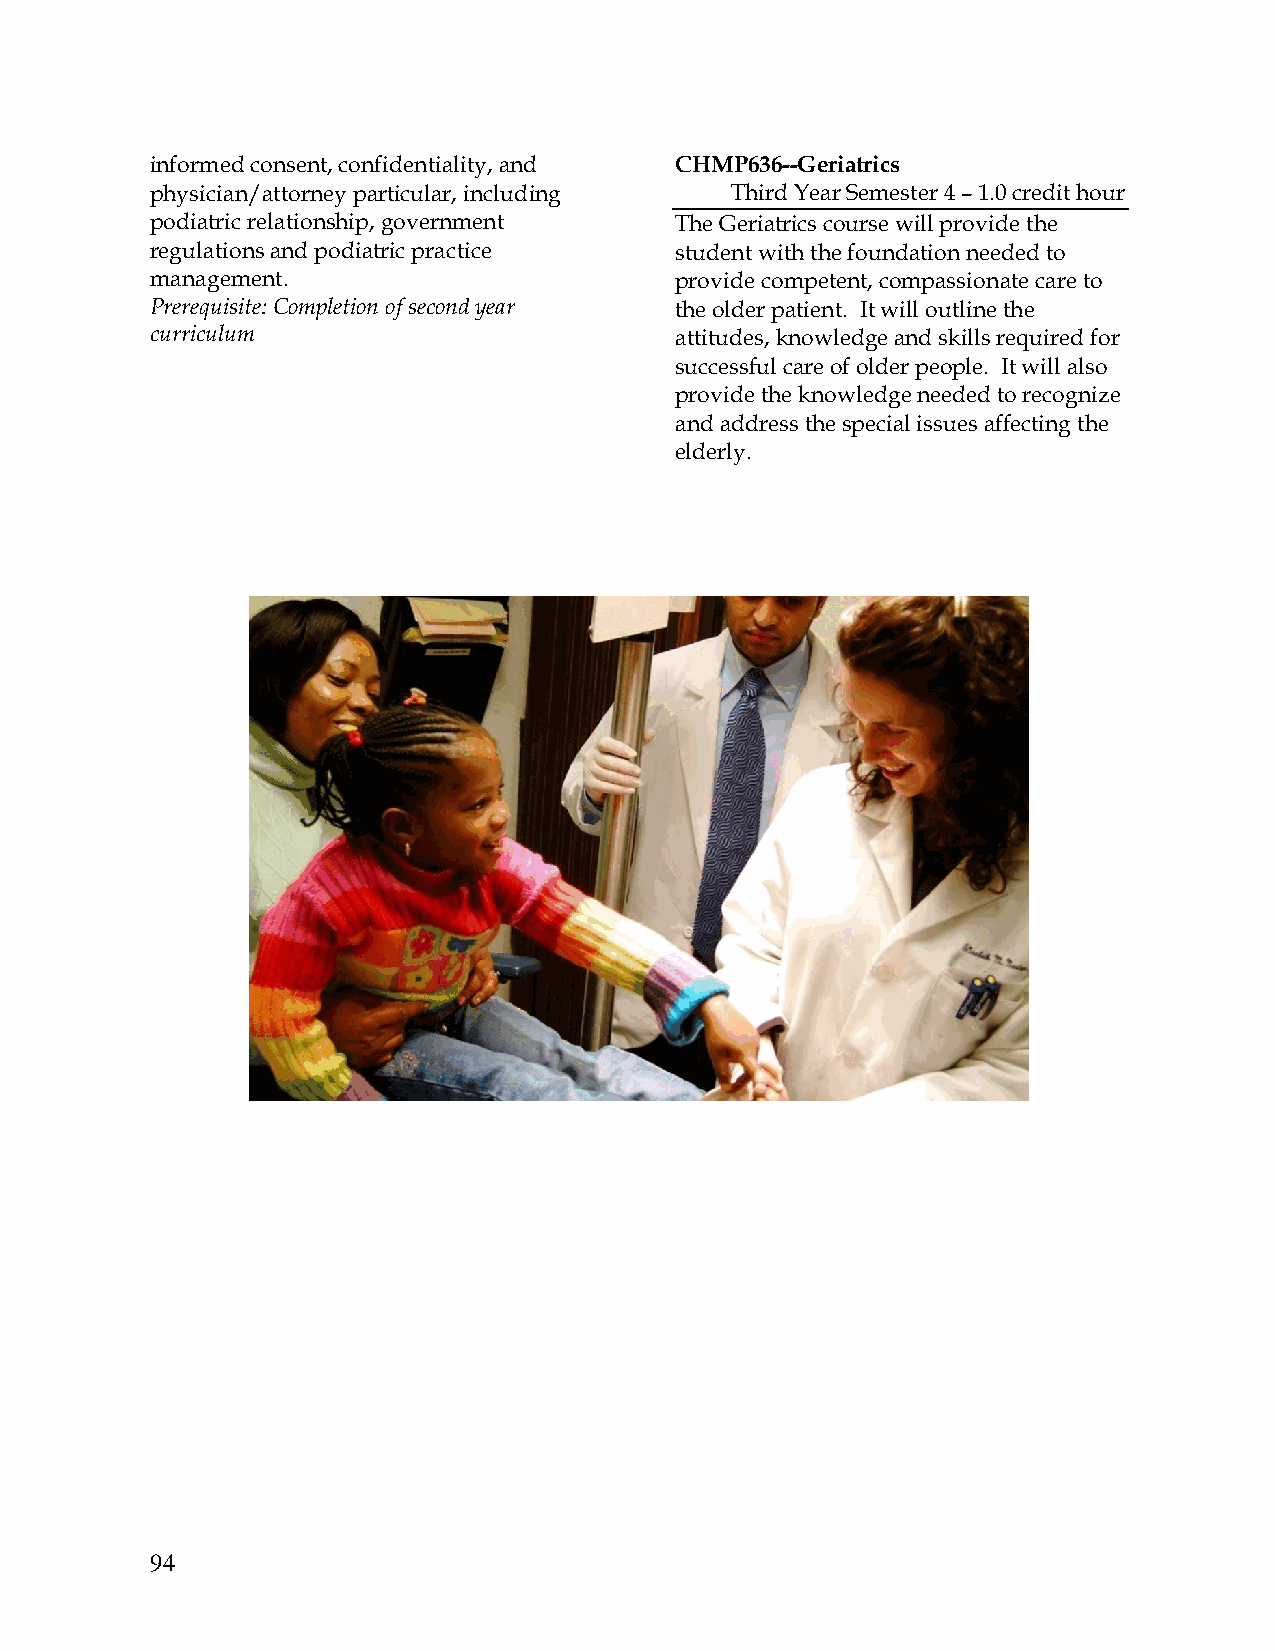
informed consent, confidentiality, and CHMP636--Geriatrics
 physician/attorney particular, including Third Year Semester 4 – 1.0 credit hour
 podiatric relationship, government The Geriatrics course will provide the
 regulations and podiatric practice student with the foundation needed to
 management.                        provide competent, compassionate care to
 Prerequisite: Completion of second year the older patient. It will outline the
 curriculum                         attitudes, knowledge and skills required for
 successful care of older people. It will also
 provide the knowledge needed to recognize
 and address the special issues affecting the
 elderly.
 94